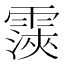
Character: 𮦨